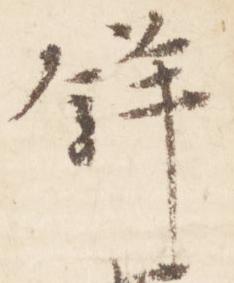
鉾